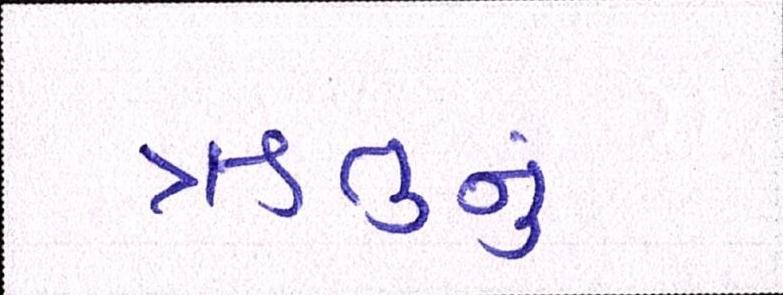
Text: ઋતુનું